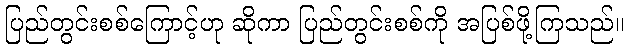
ပြည်တွင်းစစ်ကြောင့်ဟု ဆိုကာ ပြည်တွင်းစစ်ကို အပြစ်ဖို့ကြသည်။